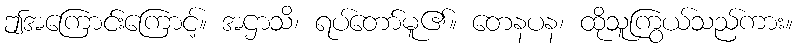
ဤအကြောင်းကြောင့်။ အဌာသိ၊ ရပ်တော်မူ၏။ တေနပန၊ ထိုသူကြွယ်သည်ကား။